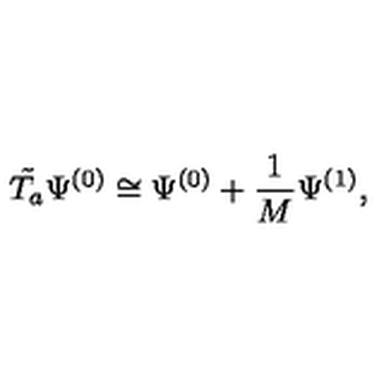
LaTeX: \tilde { T _ { a } } \Psi ^ { ( 0 ) } \cong \Psi ^ { ( 0 ) } + \frac { 1 } { M } \Psi ^ { ( 1 ) } ,